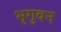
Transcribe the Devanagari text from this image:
भृगुवन